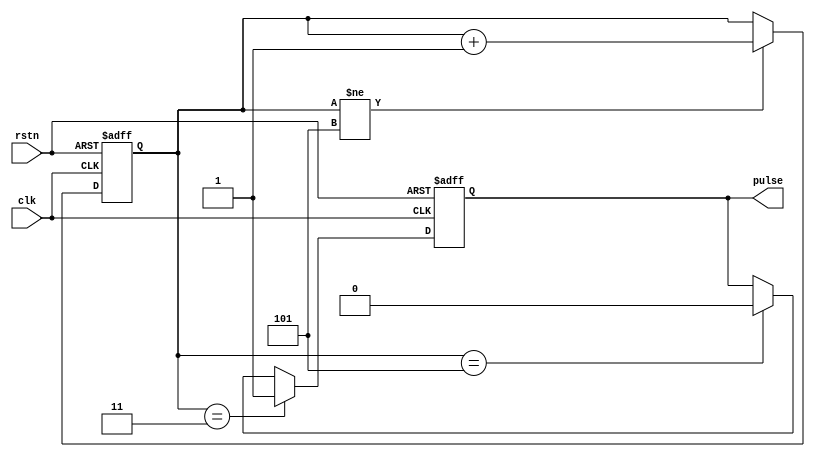
module pulse
  #(parameter dly=3,
    parameter len=2)
  (input rstn,
   input clk,
   output reg pulse);

  localparam width = $clog2(dly+len)+1;

  reg [width-1:0] cnt;

  always @(posedge clk or negedge rstn) begin
    if (~rstn)
      cnt <= 1'b0;
    else if (cnt != dly+len)
      cnt <= cnt + 1'b1;
  end

  always @(posedge clk or negedge rstn) begin
    if (~rstn)
      pulse <= 1'b0;
    else if (cnt == dly)
      pulse <= 1'b1;
    else if (cnt == dly+len)
      pulse <= 1'b0;
  end
endmodule